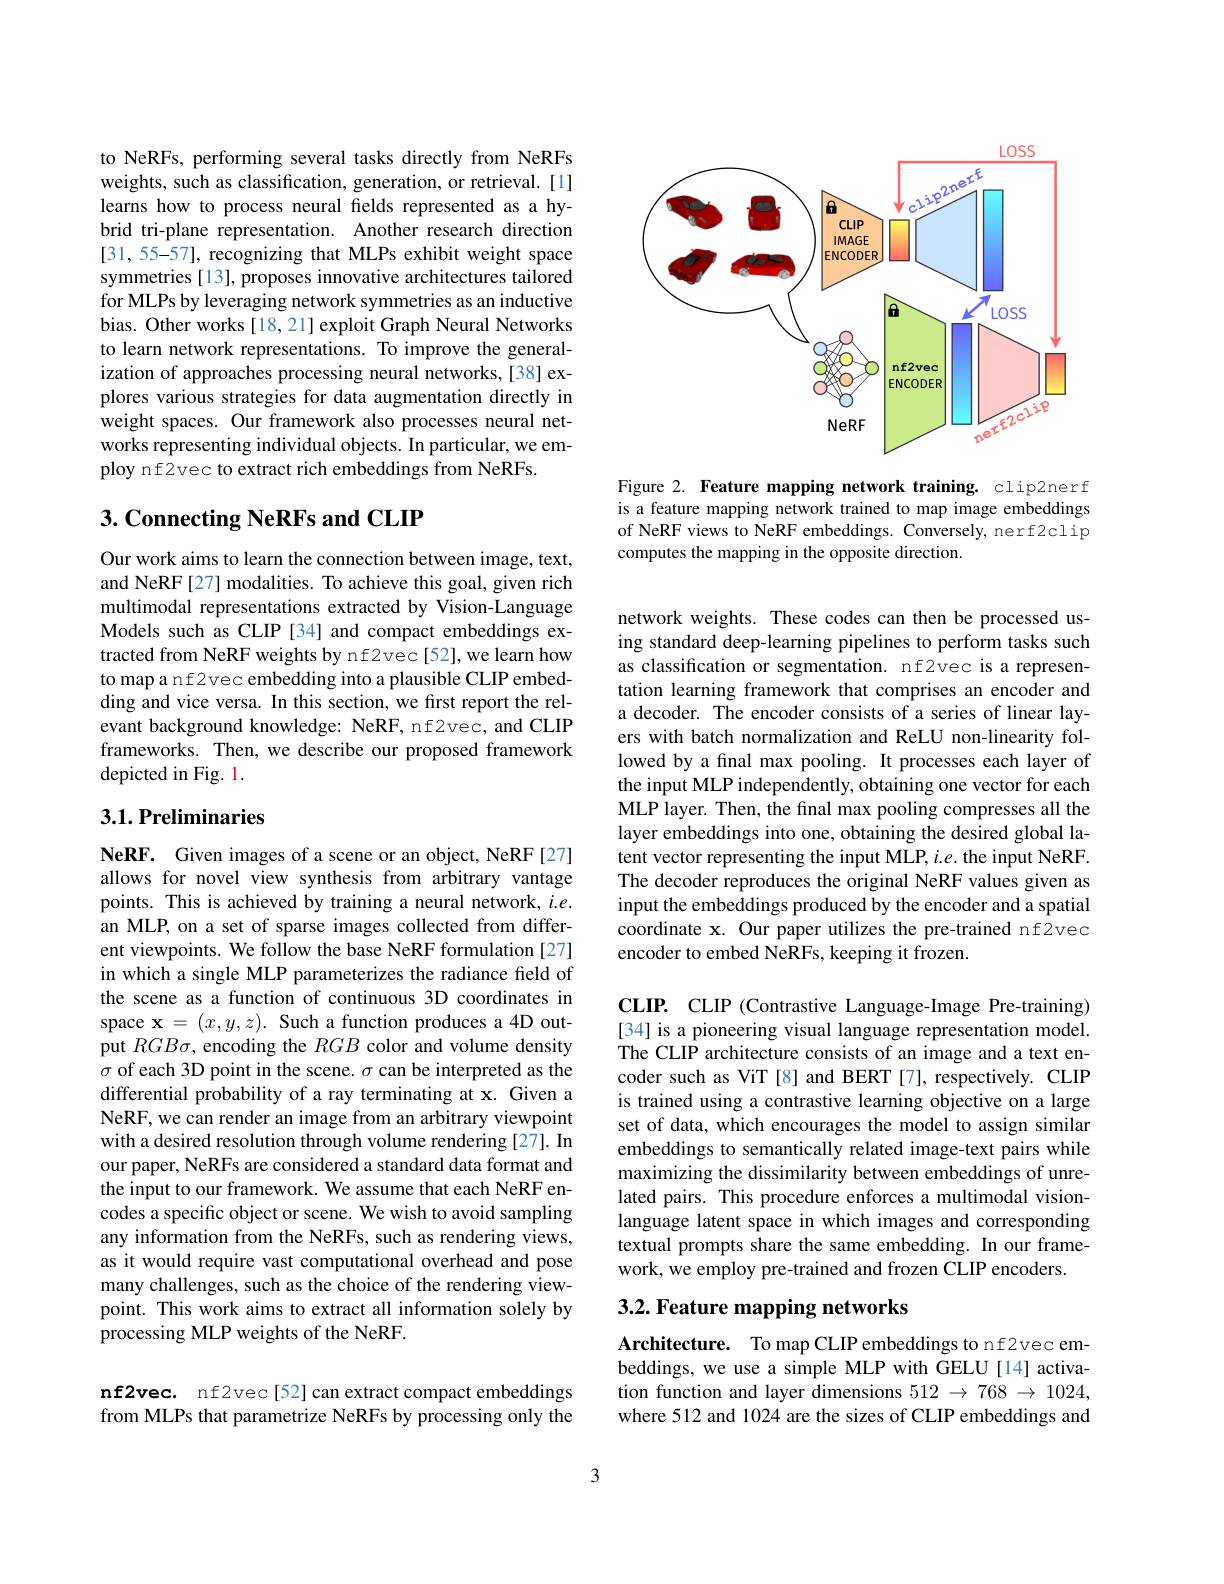
to NeRFs, performing several tasks directly from NeRFs weights, such as classification, generation, or retrieval. [1] learns how to process neural felds represented as a hybrid tri-plane representation. Another research direction [31, 55-57], recognizing that MLPs exhibit weight space symmetries [13], proposes innovative architectures tailored for MLPs by leveraging network symmetries as an inductive bias. Other works [18,21] exploit Graph Neural Networks to learn network representations. To improve the generalization of approaches processing neural networks,[38] explores various strategies for data augmentation directly in weight spaces. Our framework also processes neural networks representing individual objects. In particular, we employ nf2vec to extract rich embeddings from NeRFs.

## 3. Connecting NeRFs and CLIP

Our work aims to learn the connection between image, text, and NeRF[27] modalities. To achieve this goal, given rich multimodal representations extracted by Vision-Language Models such as CLIP [34] and compact embeddings extracted from NeRF weights by nf2vec[52], we learn how to map a nf2vec embedding into a plausible CLIP embedding and vice versa. In this section, we first report the relevant background knowledge: NeRF, nf2vec, and CLIP frameworks. Then, we describe our proposed framework depicted in Fig. 1.

## 3.1. Preliminaries

NeRF. Given images of a scene or an object, NeRF[27] allows for novel view synthesis from arbitrary vantage points. This is achieved by training a neural network, $i.e.$ an MLP, on a set of sparse images collected from different viewpoints. We follow the base NeRF formulation [27] in which a single MLP parameterizes the radiance field of the scene as a function of continuous 3D coordinates in space $\mathbf{x}=(x,y,z).$ Such a function produces a 4D output $RGB\sigma$, encoding the $RGB$ color and volume density $\sigma$ of each 3D point in the scene. $\sigma$ can be interpreted as the differential probability of a ray terminating at x. Given a NeRF, we can render an image from an arbitrary viewpoint with a desired resolution through volume rendering [27]. In our paper, NeRFs are considered a standard data format and the input to our framework. We assume that each NeRF encodes a specific object or scene. We wish to avoid sampling any information from the NeRFs, such as rendering views, as it would require vast computational overhead and pose many challenges, such as the choice of the rendering viewpoint. This work aims to extract all information solely by processing MLP weights of the NeRF.

nf2vec. nf2vec[52] can extract compact embeddings from MLPs that parametrize NeRFs by processing only the

<FigureHere>

Figure 2. Feature mapping network training. clip2nerf is a feature mapping network trained to map image embeddings of NeRF views to NeRF embeddings. Conversely, nerf2clip computes the mapping in the opposite direction.

network weights. These codes can then be processed using standard deep-learning pipelines to perform tasks such as classification or segmentation. nf2vec is a representation learning framework that comprises an encoder and a decoder. The encoder consists of a series of linear layers with batch normalization and ReLU non-linearity followed by a final max pooling. It processes each layer of the input MLP independently, obtaining one vector for each MLP layer. Then, the final max pooling compresses all the layer embeddings into one, obtaining the desired global latent vector representing the input MLP, i.e. the input NeRF. The decoder reproduces the original NeRF values given as input the embeddings produced by the encoder and a spatial coordinate x. Our paper utilizes the pre-trained nf2vec encoder to embed NeRFs, keeping it frozen.

CLIP. CLIP (Contrastive Language-Image Pre-training)

[34] is a pioneering visual language representation model. The CLIP architecture consists of an image and a text encoder such as ViT [8] and BERT [7], respectively. CLIP is trained using a contrastive learning objective on a large set of data, which encourages the model to assign similar embeddings to semantically related image-text pairs while maximizing the dissimilarity between embeddings of unrelated pairs. This procedure enforces a multimodal visionlanguage latent space in which images and corresponding textual prompts share the same embedding. In our framework, we employ pre-trained and frozen CLIP encoders.

# 3.2. Feature mapping networks

Architecture. To map CLIP embeddings to nf2vec embeddings, we use a simple MLP with GELU[14] activation function and layer dimensions $512\to768\to1024$, where 512 and 1024 are the sizes of CLIP embeddings and

3